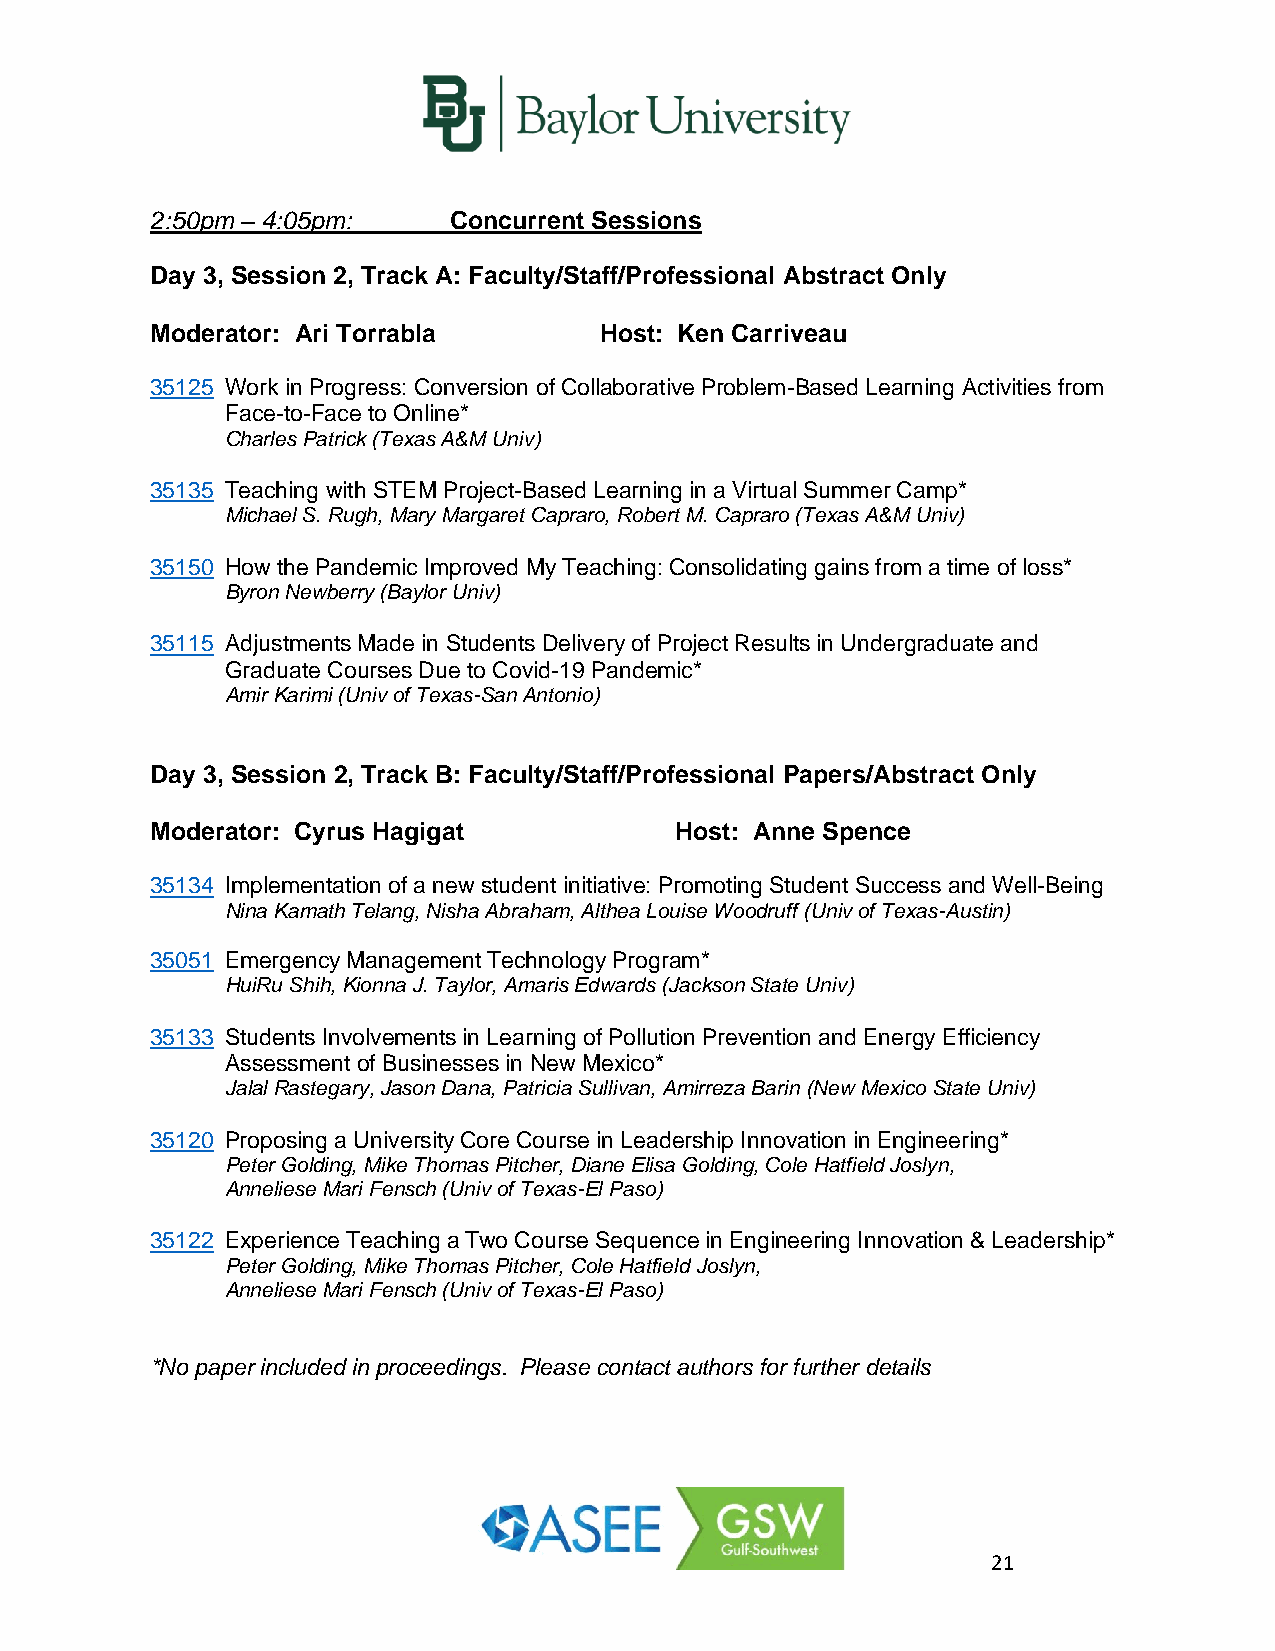
2:50pm – 4:05pm:    Concurrent Sessions
 Day 3, Session 2, Track A: Faculty/Staff/Professional Abstract Only
 Moderator: Ari Torrabla       Host: Ken Carriveau
 35125 Work in Progress: Conversion of Collaborative Problem-Based Learning Activities from
 Face-to-Face to Online*
 Charles Patrick (Texas A&M Univ)
 35135 Teaching with STEM Project-Based Learning in a Virtual Summer Camp*
 Michael S. Rugh, Mary Margaret Capraro, Robert M. Capraro (Texas A&M Univ)
 35150 How the Pandemic Improved My Teaching: Consolidating gains from a time of loss*
 Byron Newberry (Baylor Univ)
 35115 Adjustments Made in Students Delivery of Project Results in Undergraduate and
 Graduate Courses Due to Covid-19 Pandemic*
 Amir Karimi (Univ of Texas-San Antonio)
 Day 3, Session 2, Track B: Faculty/Staff/Professional Papers/Abstract Only
 Moderator: Cyrus Hagigat           Host: Anne Spence
 35134 Implementation of a new student initiative: Promoting Student Success and Well-Being
 Nina Kamath Telang, Nisha Abraham, Althea Louise Woodruff (Univ of Texas-Austin)
 35051 Emergency Management Technology Program*
 HuiRu Shih, Kionna J. Taylor, Amaris Edwards (Jackson State Univ)
 35133 Students Involvements in Learning of Pollution Prevention and Energy Efficiency
 Assessment of Businesses in New Mexico*
 Jalal Rastegary, Jason Dana, Patricia Sullivan, Amirreza Barin (New Mexico State Univ)
 35120 Proposing a University Core Course in Leadership Innovation in Engineering*
 Peter Golding, Mike Thomas Pitcher, Diane Elisa Golding, Cole Hatfield Joslyn,
 Anneliese Mari Fensch (Univ of Texas-El Paso)
 35122 Experience Teaching a Two Course Sequence in Engineering Innovation & Leadership*
 Peter Golding, Mike Thomas Pitcher, Cole Hatfield Joslyn,
 Anneliese Mari Fensch (Univ of Texas-El Paso)
 *No paper included in proceedings. Please contact authors for further details
 21